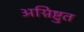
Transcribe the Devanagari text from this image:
अग्निष्टुत